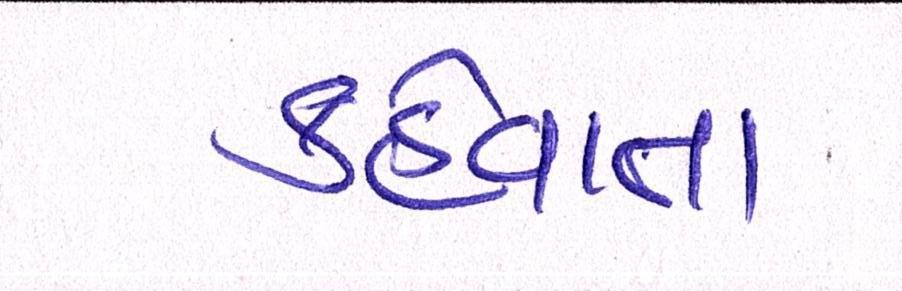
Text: કહેવાતા